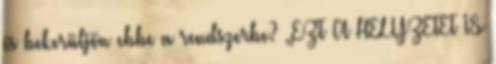
és bekerüljön ebbe a rendszerbe? „EZT A HELYZETET IS